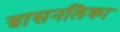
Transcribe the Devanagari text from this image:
ग्रासनलिका